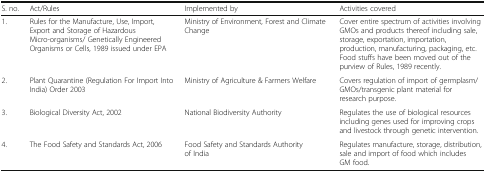
<table><thead><tr><td><b>S. no.</b></td><td><b>Act/Rules</b></td><td><b>Implemented by</b></td><td><b>Activities covered</b></td></tr></thead><tbody><tr><td>1.</td><td>Rules for the Manufacture, Use, Import, Export and Storage of Hazardous Micro-organisms/ Genetically Engineered Organisms or Cells, 1989 issued under EPA</td><td>Ministry of Environment, Forest and Climate Change</td><td>Cover entire spectrum of activities involving GMOs and products thereof including sale, storage, exportation, importation, production, manufacturing, packaging, etc. Food stuffs have been moved out of the purview of Rules, 1989 recently.</td></tr><tr><td>2.</td><td>Plant Quarantine (Regulation For Import Into India) Order 2003</td><td>Ministry of Agriculture &amp; Farmers Welfare</td><td>Covers regulation of import of germplasm/ GMOs/transgenic plant material for research purpose.</td></tr><tr><td>3.</td><td>Biological Diversity Act, 2002</td><td>National Biodiversity Authority</td><td>Regulates the use of biological resources including genes used for improving crops and livestock through genetic intervention.</td></tr><tr><td>4.</td><td>The Food Safety and Standards Act, 2006</td><td>Food Safety and Standards Authority of India</td><td>Regulates manufacture, storage, distribution, sale and import of food which includes GM food.</td></tr></tbody></table>